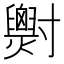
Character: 𡭓